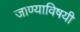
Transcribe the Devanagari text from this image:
जाण्याविषयी